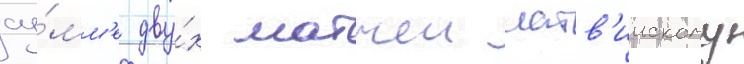
су́мм'е дву́х матчеи латв'иискому